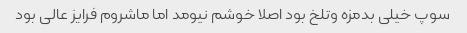
سوپ خیلی بدمزه و‌تلخ بود اصلا خوشم نیومد اما ماشروم فرایز عالی بود